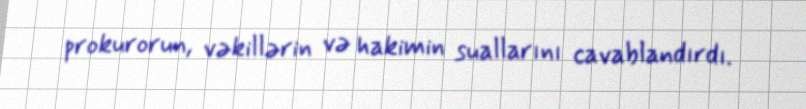
prokurorun, vəkillərin və hakimin suallarını cavablandırdı.